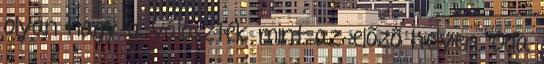
olyan nagy a választék mint az előző helyen. Oda